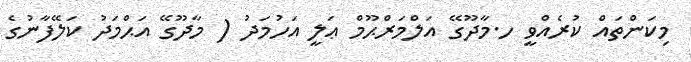
މިކަންތައް ކުރެއްވީ ހ.މާދޫގޭ އަލްމަރްޙޫމް ޢަލީ އަހުމަދު ( މާދޫގޭ އަޙްމަދު ކަލޭފާނުގެ